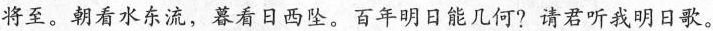
将至。朝看水东流，暮看日西坠。百年明日能几何?请君听我明日歌。